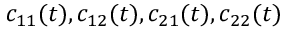
c _ { 1 1 } ( t ) , c _ { 1 2 } ( t ) , c _ { 2 1 } ( t ) , c _ { 2 2 } ( t )